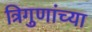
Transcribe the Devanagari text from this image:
त्रिगुणांच्या